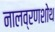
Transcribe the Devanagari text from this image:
नालव्रणशोथ